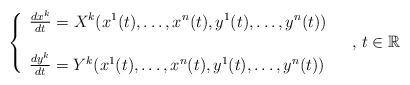
LaTeX: \begin{align*}\left\{\begin{array}{ll}\frac{dx^k}{dt}=X^k(x^{1}(t),\ldots,x^{n}(t),y^1(t),\ldots,y^n(t))& \\ & \\\frac{dy^{k}}{dt}=Y^{k}(x^1(t),\ldots,x^{n}(t),y^1(t),\ldots,y^n(t))&\end{array}\right., \,t\in\mathbb{R}\end{align*}